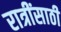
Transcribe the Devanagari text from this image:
रात्रींसाठी